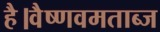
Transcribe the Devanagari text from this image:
है।वैष्णवमताब्ज